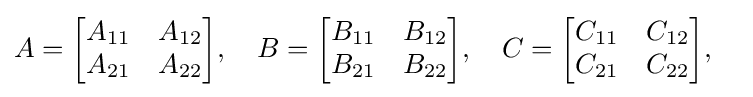
A={\begin{bmatrix}A_{11}&A_{12}\\A_{21}&A_{22}\end{bmatrix}},\quad B={\begin{bmatrix}B_{11}&B_{12}\\B_{21}&B_{22}\end{bmatrix}},\quad C={\begin{bmatrix}C_{11}&C_{12}\\C_{21}&C_{22}\end{bmatrix}},\quad